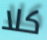
كلا